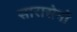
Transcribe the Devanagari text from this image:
सारासेनों